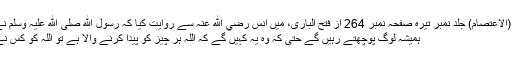
پھر کتاب (الاعتصام) جلد نمبر تیرہ صفحہ نمبر 264 از فتح الباری، میں انس رضي الله عنہ سے روایت کیا کہ رسول الله صلى الله علیہ وسلم نے فرمايا :
ہميشہ لوگ پوچھتے رہیں گے حتی کہ وه یہ کہیں گے کہ اللہ ہر چیز کو پیدا کرنے والا ہے تو اللہ کو کس نے پیدا کیا؟